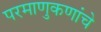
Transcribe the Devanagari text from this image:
परमाणुकणांचे